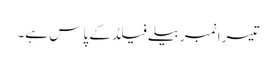
تیسرا نمبر بیلےفیلڈ کے پاس ہے۔